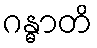
ဂန္ဓာတိ